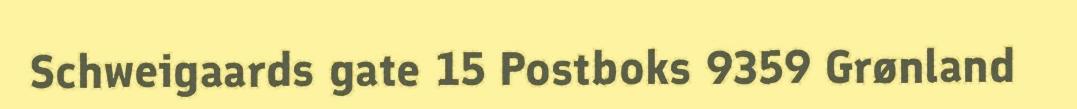
Schweigaards gate 15 Postboks 9359 Grønland